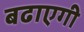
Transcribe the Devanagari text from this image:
बढाएगी